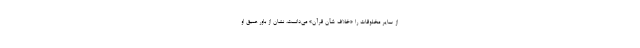
از سایر مخلوقات را «خلاف شأن قرآن» می‌دانست، نشان از باور عمیق او